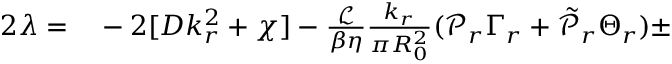
\begin{array} { r l } { 2 \lambda = } & { { } - 2 [ D k _ { r } ^ { 2 } + \chi ] - \frac { \mathcal { L } } { \beta \eta } \frac { k _ { r } } { \pi R _ { 0 } ^ { 2 } } ( \mathcal { P } _ { r } \Gamma _ { r } + \tilde { \mathcal { P } } _ { r } \Theta _ { r } ) \pm } \end{array}